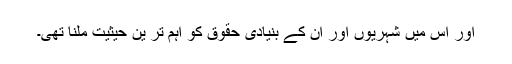
اور اس میں شہریوں اور ان کے بنیادی حقوق کو اہم تر ین حیثیت ملنا تھی۔